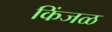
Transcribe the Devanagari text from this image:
किंजळ